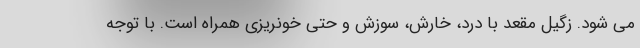
می شود. زگیل مقعد با درد، خارش، سوزش و حتی خونریزی همراه است. با توجه